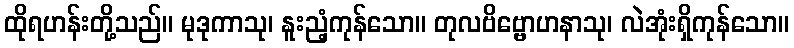
ထိုရဟန်းတို့သည်။ မုဒုကာသု၊ နူးညံ့ကုန်သော။ တုလဗိဗ္ဗောဟနာသု၊ လဲအုံးရှိကုန်သော။